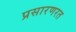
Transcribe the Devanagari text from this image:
प्रसारणरत